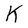
Character: K